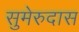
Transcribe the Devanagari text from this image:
सुमेरुदास